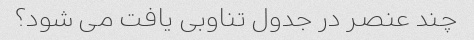
چند عنصر در جدول تناوبی یافت می شود؟